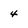
Character: 4